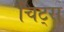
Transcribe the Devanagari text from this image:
चिट्स